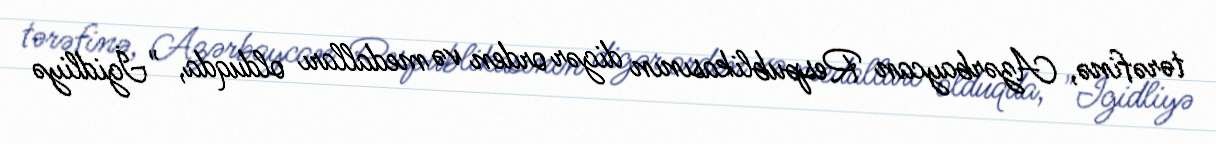
tərəfinə, Azərbaycan Respublikasının digər orden və medalları olduqda, "İgidliyə